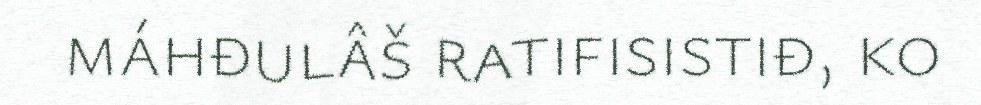
máhđulâš ratifisistiđ, ko